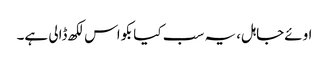
اوئےجاہل، یہ سب کیا بکواس لکھ ڈالی ہے۔